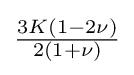
{\tfrac {3K(1-2\nu )}{2(1+\nu )}}